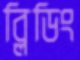
ব্লিডিং